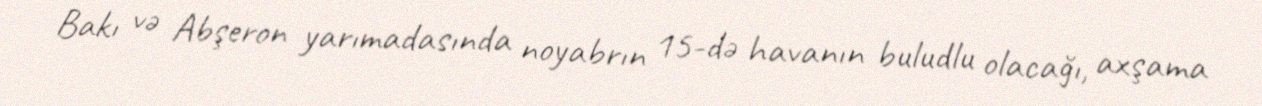
Bakı və Abşeron yarımadasında noyabrın 15-də havanın buludlu olacağı, axşama